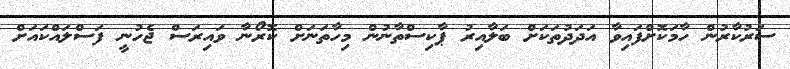
ސަރުކާރުން ހާމަކޮށްފައިވާ އަދަދުތަކަށް ބަލާއިރު ޕާކިސްތާނުން މިހާތަނަށް ކޮރޯނާ ވައިރަސް ޖެހުނީ ފަސްލައްކައަށް